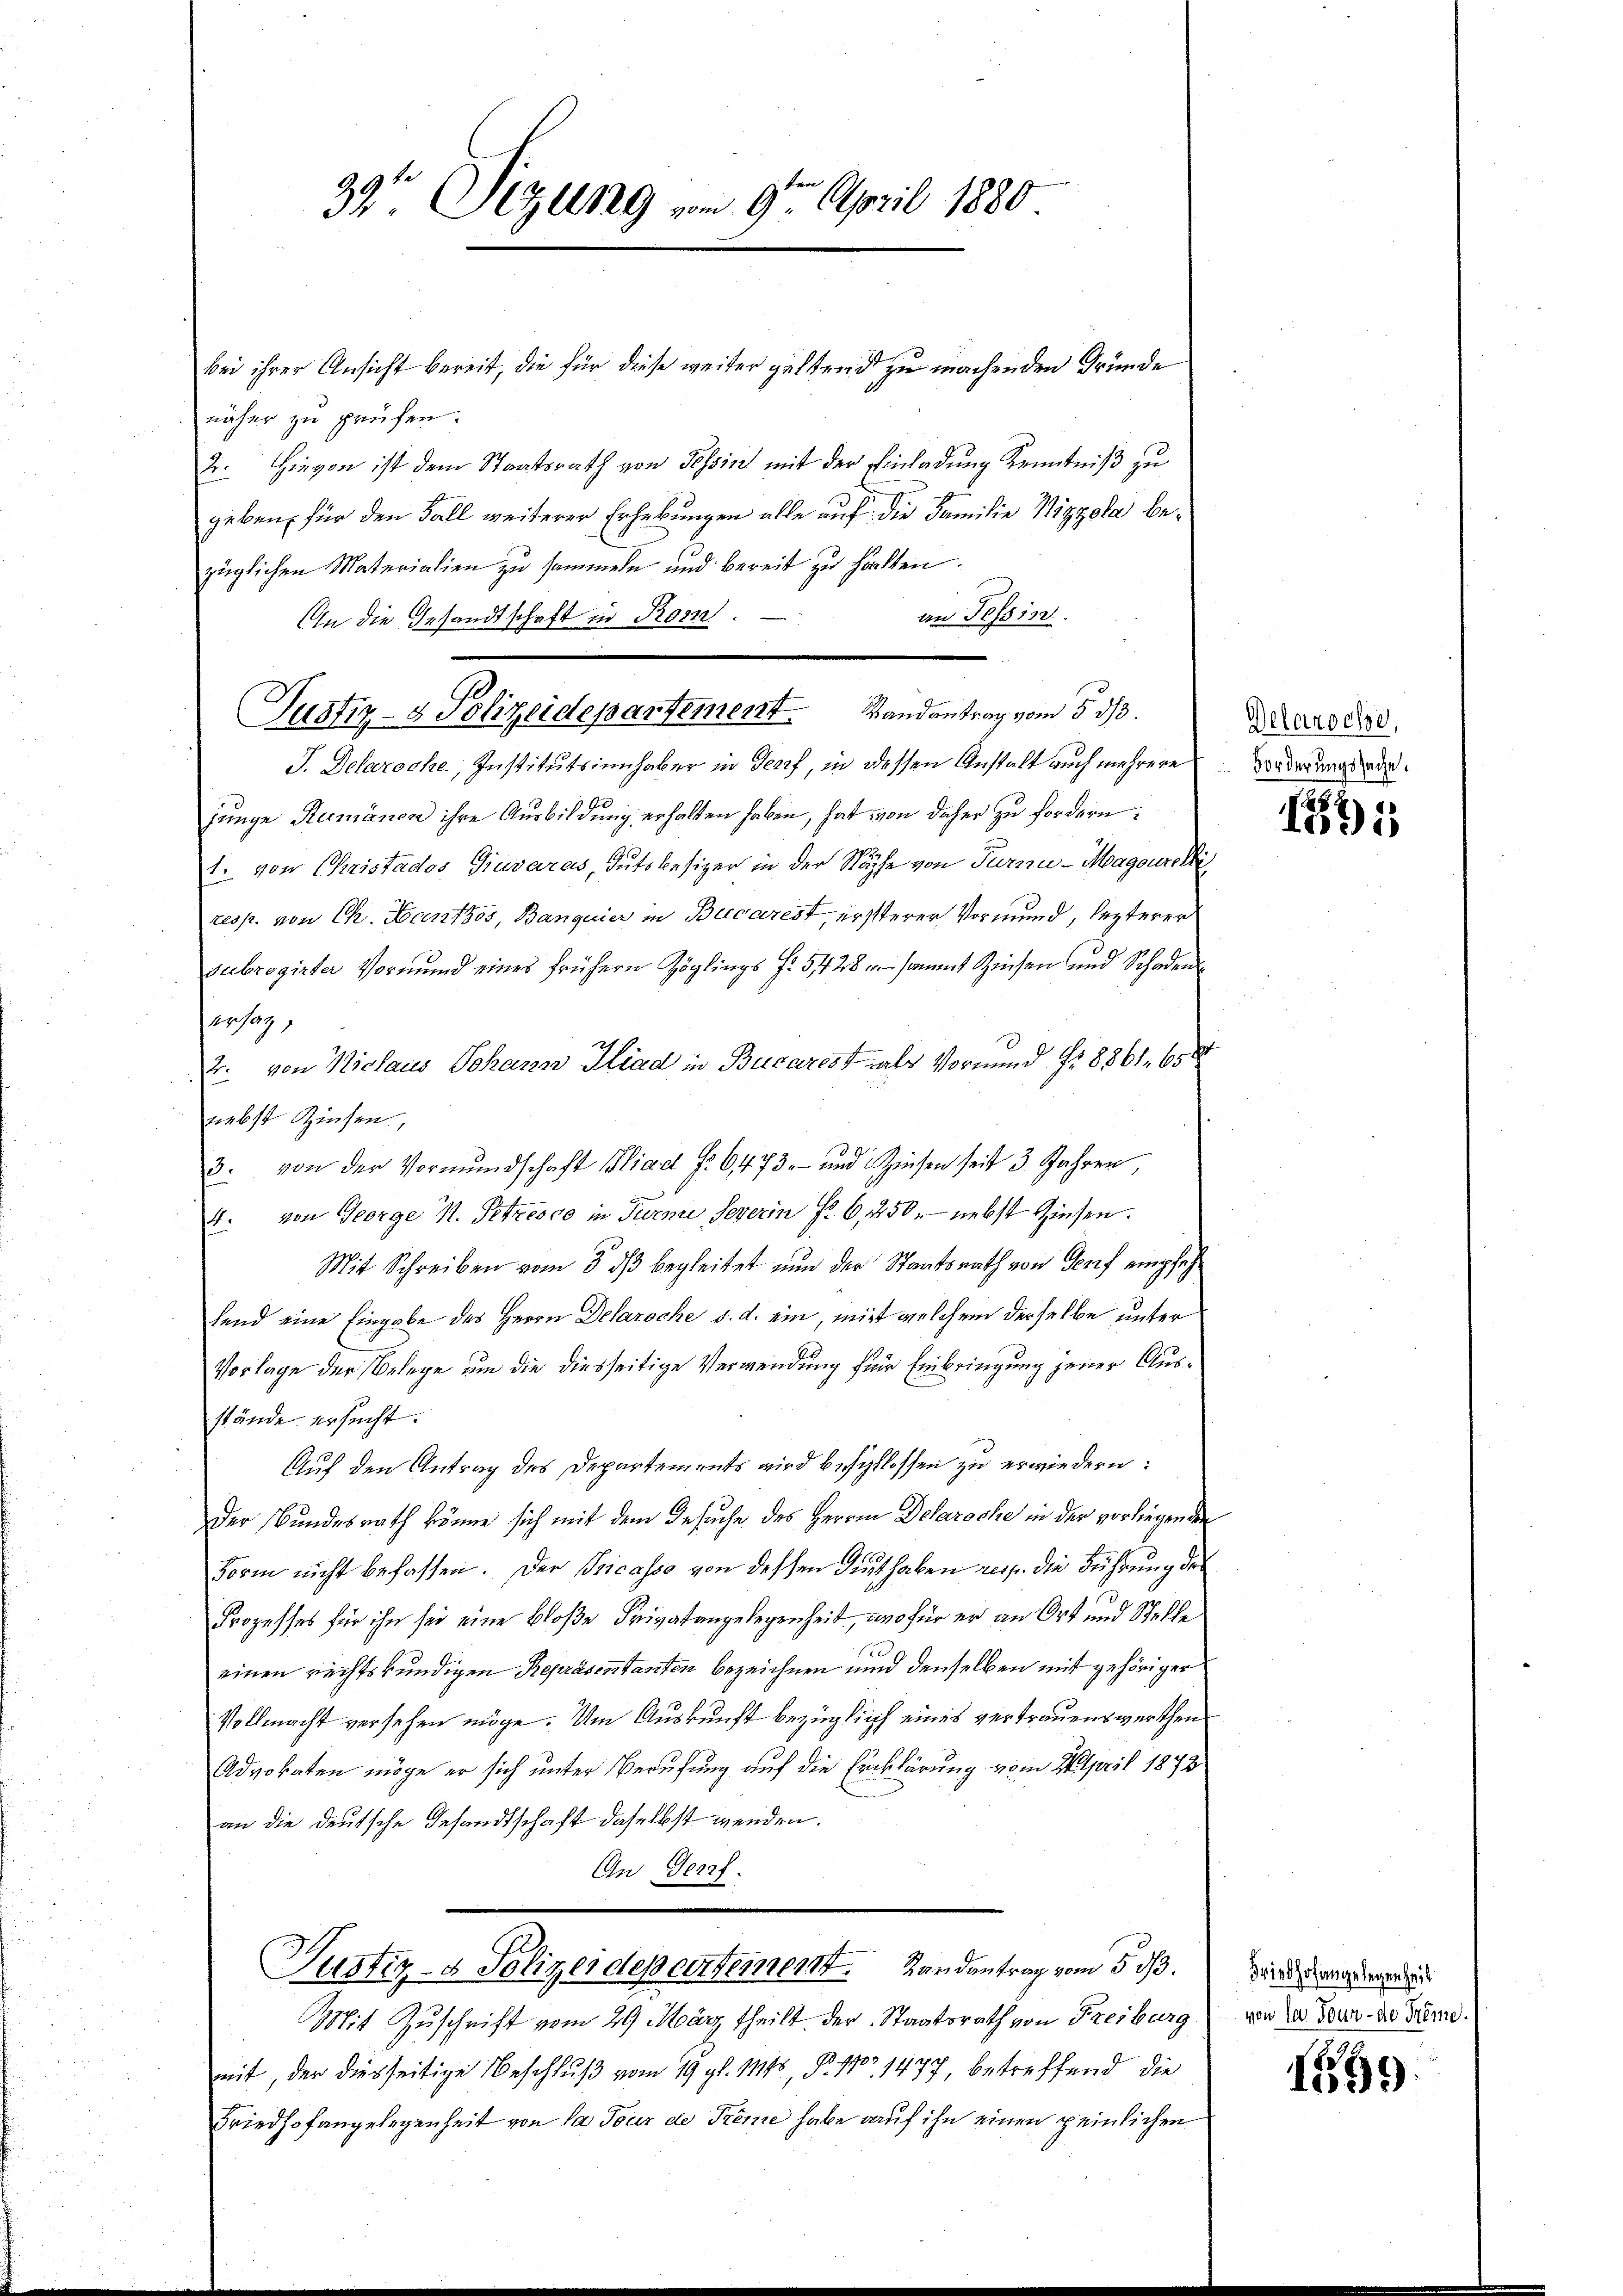
39 Sizung vom 9ten April 1880

bei ihrer Ansicht bereit, die für diese weiter geltend zu machenden Gründe
näher zu prüfen.
2. Hievon ist dem Staatsrath von Tessin mit der Einladung Kenntniß zu
geben, für den Fall weiterer Erhebungen alle auf die Familie Nizzola bezüglichen Materialien zu sammeln und bereit zu halten.
an Tessin.
An die Gesandtschaft in Rom

J. Delaroche, Institutsinnhaber in Genf, in dessen Anstalt auch mehrere
junge Reimanen ihre Ausbildung erhalten haben, hat von daher zu fordern:
1. von Christados Giuvarus, Gutsbesizer in der Nöpfe von Turnu-Magourck
resp. von Ch. Hantzos, Banquier in Brecarest, ersterer Vormund, lezterer
subrogirter Vormund eines frühern Zöglings f. 5428, sammt Zinsen und Schaden
sersag
2. von Niclaus Johann Kind in Bucarest als Vormund No 8861. 658
niebst Zinsen,
3. von der Vormŭndschaft Bliad Fr. 6473. und Zinsen seit 3 Jahren
4. von George M. Petzesco in Turner Severin fl. 6, 250. nebst Zinsen.
Mit Schreiben vom 3. dβ begleitet nun der Staatsrath von Genf empfehfend eine Eingabe des Herrn Delaroche d. d. ein, mit welchem derselbe unter
Vorlage der Belege um die diesseitige Verwendung für Einbringung jener Ausstände ersucht.
Auf den Antrag des Departements wird beschlossen zu erwiedern:
Der Bundesrath könne sich mit dem Gesuche des Herren Delaroche in der vorliegenden
Form nicht befassen. Der Pricasse von dessen Guthaben resp. die Führung der
Prozesses für ihn sei eine bloße Privatangelegenheit, wo für er an Ort und Schelle
einen rechtskundigen Repräsentanten bezeichnen und denselben mit gehöriger
Vollmacht versehen möge. Um Auskunft bezüglich eines vertrauenswerthen
Advokaten möge er sich unter Berufung auf die Erklärung vom April 1872
an die deutsche Gesandtschaft daselbst werden.

Justiz- & Polizeidepartement Randantrag vom 5. ds.

Justiz- & Polizer depertement. Landantrag vom 5. d.
Mit Zuschrift vom 29. März theilt der Staatsrath von Freiburg

mit, der diesseitige Beschluß vom 19. gl. 1145, N. 110, 1477 betreffend die
Friedhofangelegenheit von la Tour de Trême habe auf ihn einen peinlichen

Delaroche,
Forderungssache.

1871

Friedhofangelegenheit
von la Tour - de Seme.

1599.